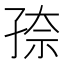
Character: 𰌫